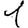
Digit: 1